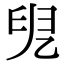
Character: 𠒍